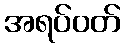
အရပ်ဝတ်